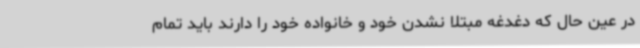
در عین حال که دغدغه مبتلا نشدن خود و خانواده خود را دارند باید تمام